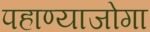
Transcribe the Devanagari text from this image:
पहाण्याजोगा